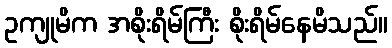
ဥကျုမိက အစိုးရိမ်ကြီး စိုးရိမ်နေမိသည်။